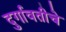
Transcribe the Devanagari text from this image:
दुर्गावतीचे